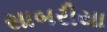
સાબરીયા